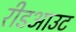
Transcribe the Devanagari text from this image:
रीडआउट